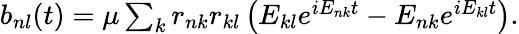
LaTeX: \begin{array}{r}{b_{nl}(t)=\mu\sum_{k}r_{nk}r_{kl}\left(E_{kl}e^{iE_{nk}t}-E_{nk}e^{iE_{kl}t}\right).}\end{array}